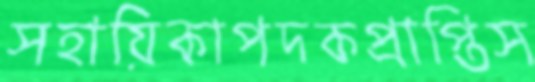
সহায়িকাপদকপ্রাপ্তিস